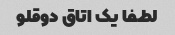
لطفا یک اتاق دوقلو